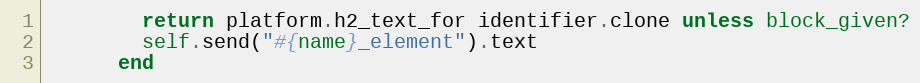
Language: Ruby
        return platform.h2_text_for identifier.clone unless block_given?
        self.send("#{name}_element").text
      end